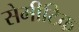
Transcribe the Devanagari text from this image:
सेमीटिक